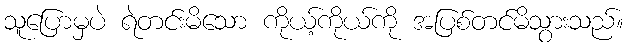
သူပြောမှပဲ ရဲတင်းမိသော ကိုယ့်ကိုယ်ကို အပြစ်တင်မိသွားသည်။